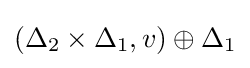
(\Delta _{2}\times \Delta _{1},v)\oplus \Delta _{1}